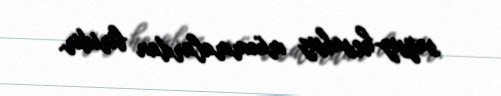
saysız-hesabsız müəmmalardan biridir.